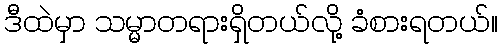
ဒီထဲမှာ သမ္မာတရားရှိတယ်လို့ ခံစားရတယ်။